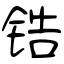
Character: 锆